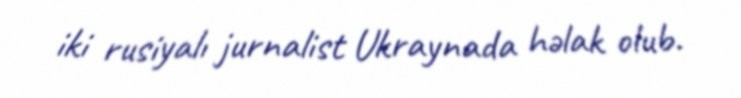
iki rusiyalı jurnalist Ukraynada həlak olub.